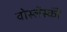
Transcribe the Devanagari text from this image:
वोस्लेंस्की